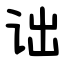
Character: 诎